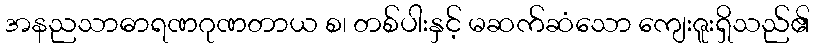
အနညသာဓာရဏဂုဏတာယ စ၊ တစ်ပါးနှင့် မဆက်ဆံသော ကျေးဇူးရှိသည်၏